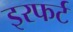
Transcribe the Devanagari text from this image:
इरफर्ट